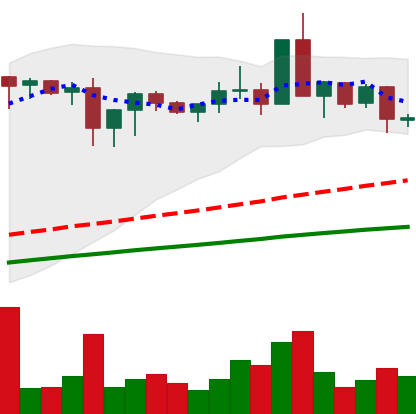
Ticker: XMR-USD
Chart end date: 2020-08-26
Forward return: 4.739%
Label: up_3_5